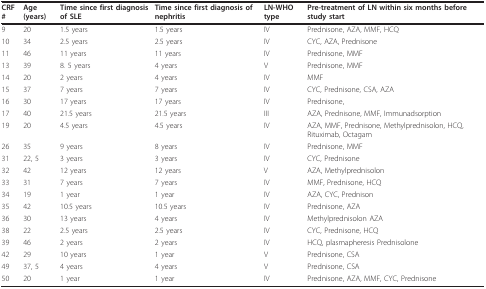
| CRF # | Age (years) | Time since first diagnosis of SLE | Time since first diagnosis of nephritis | LN-WHO type | Pre-treatment of LN within six months before study start |
 | --- | --- | --- | --- | --- | --- |
 | 9 | 20 | 1.5 years | 1.5 years | IV | Prednisone, AZA, MMF, HCQ |
 | 10 | 34 | 2.5 years | 2.5 years | IV | CYC, AZA, Prednisone |
 | 11 | 46 | 11 years | 11 years | IV | Prednisone, MMF |
 | 13 | 39 | 8. 5 years | 4 years | V | Prednisone, MMF |
 | 14 | 20 | 2 years | 4 years | IV | MMF |
 | 15 | 37 | 7 years | 7 years | IV | CYC, Prednisone, CSA, AZA |
 | 16 | 30 | 17 years | 17 years | IV | Prednisone, |
 | 17 | 40 | 21.5 years | 21.5 years | III | AZA, Prednisone, MMF, Immunadsorption |
 | 19 | 20 | 4.5 years | 4.5 years | IV | AZA, MMF, Prednisone, Methylprednisolon, HCQ, Rituximab, Octagam |
 | 26 | 35 | 9 years | 8 years | IV | Prednisone, MMF |
 | 31 | 22, 5 | 3 years | 3 years | IV | CYC, Prednisone |
 | 32 | 42 | 12 years | 12 years | V | AZA, Methylprednisolon |
 | 33 | 31 | 7 years | 7 years | IV | MMF, Prednisone, HCQ |
 | 34 | 19 | 1 year | 1 year | IV | AZA, CYC, Prednison |
 | 35 | 42 | 10.5 years | 10.5 years | IV | Prednisone, AZA |
 | 36 | 30 | 13 years | 4 years | IV | Methylprednisolon AZA |
 | 38 | 22 | 2.5 years | 2.5 years | IV | CYC, Prednisone, HCQ |
 | 39 | 46 | 2 years | 2 years | IV | HCQ, plasmapheresis Prednisolone |
 | 42 | 29 | 10 years | 1 year | V | Prednisone, CSA |
 | 49 | 37, 5 | 4 years | 4 years | V | Prednisone, CSA |
 | 50 | 20 | 1 year | 1 year | IV | Prednisone, AZA, MMF, CYC, Prednisone |